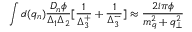
\int d ( q _ { n } ) \frac { D _ { n } \phi } { \Delta _ { 1 } \Delta _ { 2 } } [ \frac { 1 } { \Delta _ { 3 } ^ { + } } + \frac { 1 } { \Delta _ { 3 } ^ { - } } ] \approx \frac { 2 i \pi \phi } { m _ { q } ^ { 2 } + q _ { \perp } ^ { 2 } }